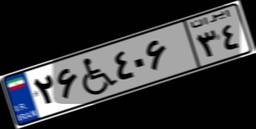
۲۶W۴۰۶۳۴